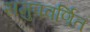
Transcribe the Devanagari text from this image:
समुपवर्णित